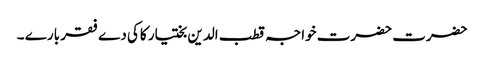
حضرت حضرت خواجہ قطب الدین بختیار کاکی دے فقر بارے ۔